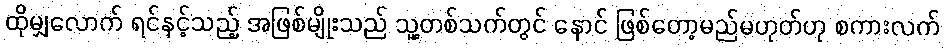
ထိုမျှလောက် ရင်နင့်သည့် အဖြစ်မျိုးသည် သူ့တစ်သက်တွင် နောင် ဖြစ်တော့မည်မဟုတ်ဟု စကားလက်